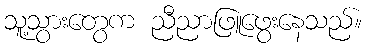
သူ့သွားတွေက ညီညာဖြူဖွေးနေသည်။